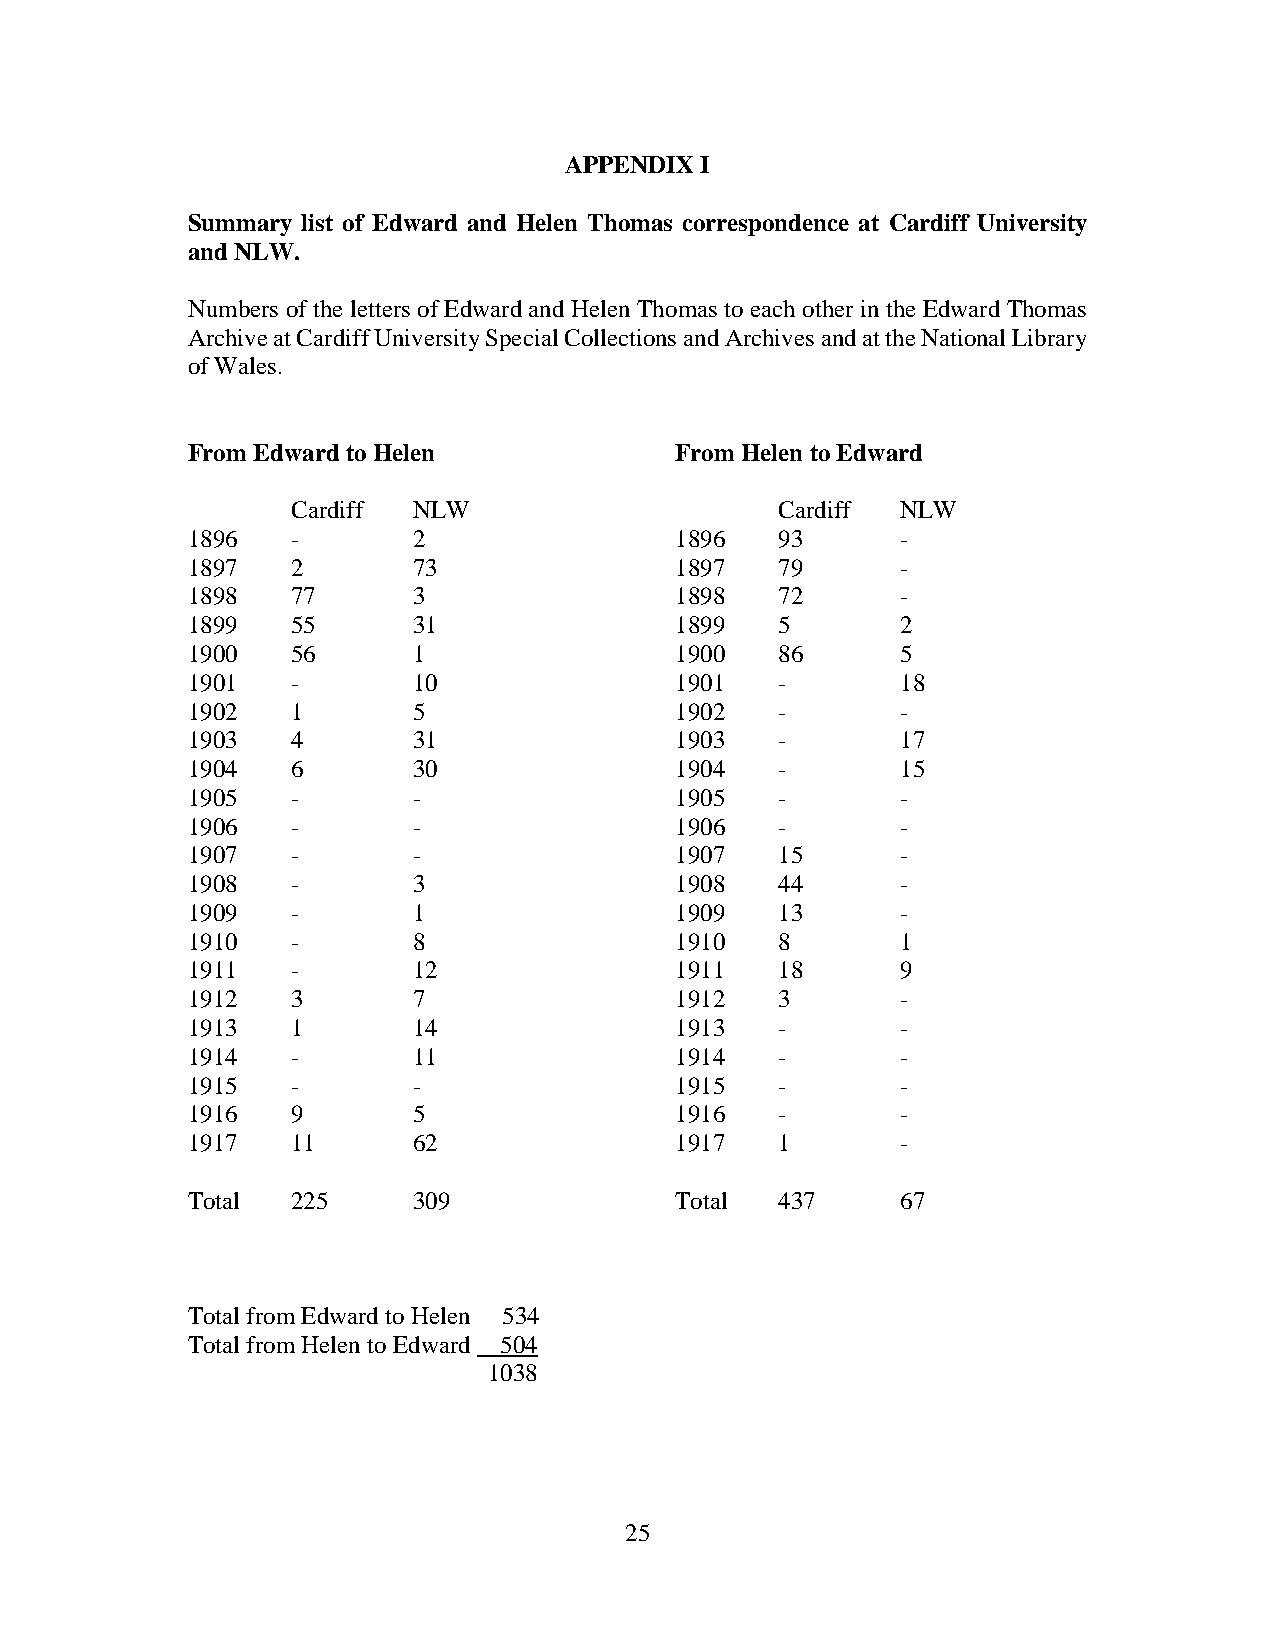
APPENDIX I
 Summary list of Edward and Helen Thomas correspondence at Cardiff University
 and NLW.
 Numbers of the letters of Edward and Helen Thomas to each other in the Edward Thomas
 Archive at Cardiff University Special Collections and Archives and at the National Library
 of Wales.
 From Edward to Helen             From Helen to Edward
 Cardiff NLW                      Cardiff NLW
 1896   -       2                 1896   93      -
 1897   2       73                1897   79      -
 1898   77      3                 1898   72      -
 1899   55      31                1899   5       2
 1900   56      1                 1900   86      5
 1901   -       10                1901   -       18
 1902   1       5                 1902   -       -
 1903   4       31                1903   -       17
 1904   6       30                1904   -       15
 1905   -       -                 1905   -       -
 1906   -       -                 1906   -       -
 1907   -       -                 1907   15      -
 1908   -       3                 1908   44      -
 1909   -       1                 1909   13      -
 1910   -       8                 1910   8       1
 1911   -       12                1911   18      9
 1912   3       7                 1912   3       -
 1913   1       14                1913   -       -
 1914   -       11                1914   -       -
 1915   -       -                 1915   -       -
 1916   9       5                 1916   -       -
 1917   11      62                1917   1       -
 Total  225     309               Total  437     67
 Total from Edward to Helen 534
 Total from Helen to Edward 504
 1038
 25